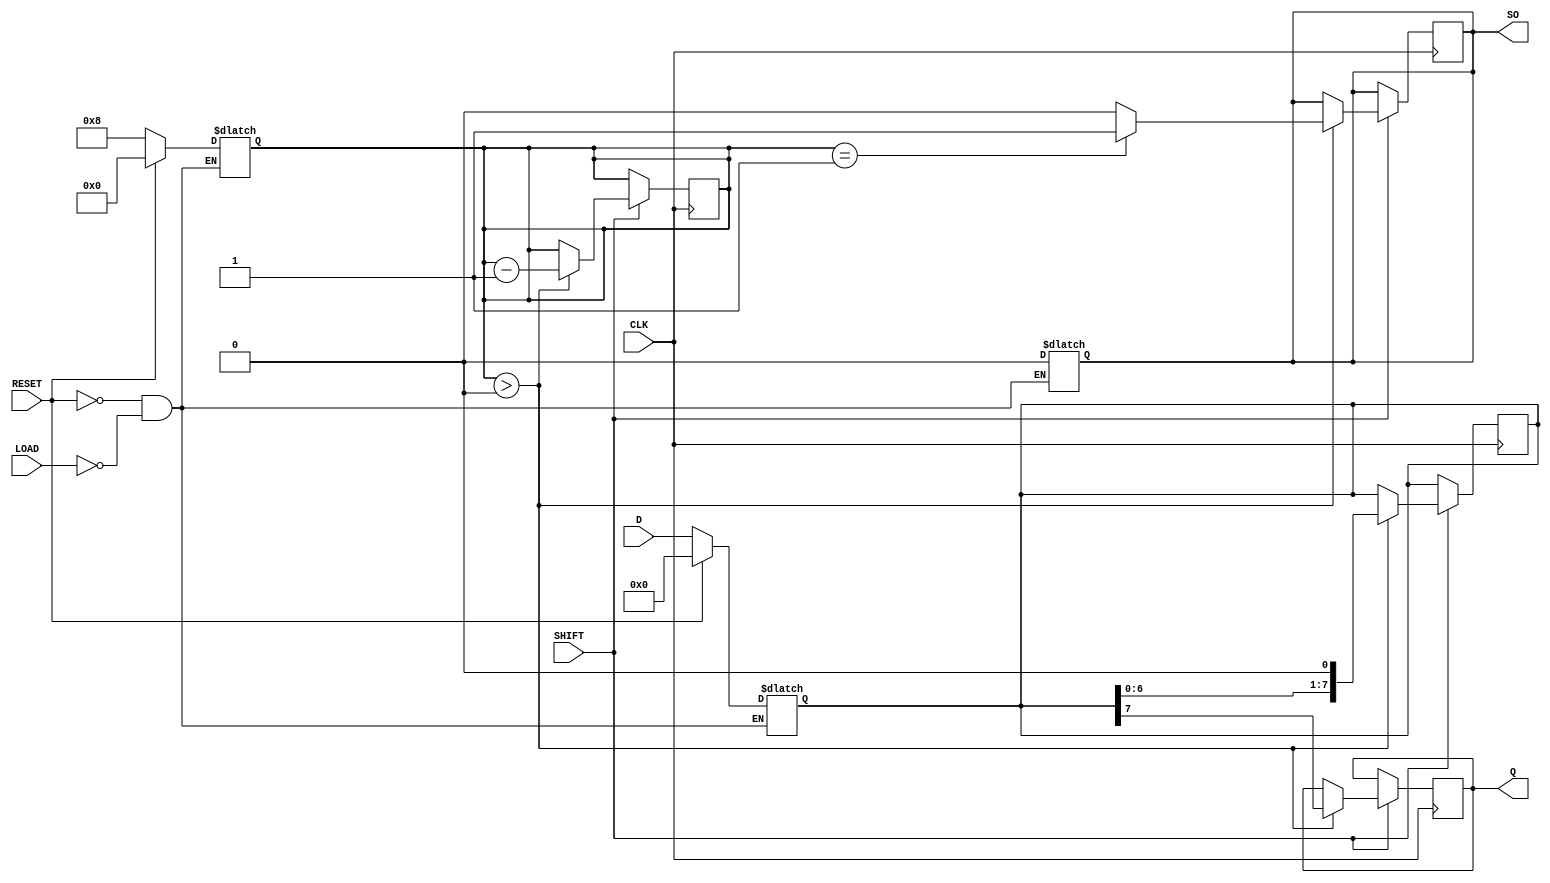
module async_piso #(
    parameter WIDTH = 8  // Parameter for width of the register
) (
    input wire [WIDTH-1:0] D,    // Parallel data inputs
    input wire LOAD,              // Control signal for loading data
    input wire SHIFT,             // Control signal for shifting data out
    input wire CLK,               // Clock signal
    input wire RESET,             // Asynchronous reset signal
    output reg Q,                 // Serial output
    output reg SO                 // Shifted Out Indicator
);
    
    reg [WIDTH-1:0] register;     // Internal register to hold data
    reg [WIDTH-1:0] shift_reg;     // Shift register to hold current shifting data
    reg [3:0] shift_count;         // Counter to track the number of shifted bits

    // Asynchronous reset and loading of data
    always @* begin
        if (RESET) begin
            register <= {WIDTH{1'b0}}; // Clear register
            shift_reg <= {WIDTH{1'b0}}; // Clear shift register
            shift_count <= 0;           // Reset shift count
            SO <= 1'b0;                 // Reset shift-out indicator
        end else if (LOAD) begin
            register <= D;              // Load data into the register
            shift_reg <= D;             // Initialize shift register with loaded data
            shift_count <= WIDTH;       // Set shift count to width
            SO <= 1'b0;                 // Clear shift-out indicator
        end
    end

    // Shifting out mechanism
    always @(posedge CLK) begin
        if (SHIFT) begin
            if (shift_count > 0) begin
                Q <= shift_reg[WIDTH-1]; // Output the MSB

                // Shift the register to the right
                shift_reg <= {shift_reg[WIDTH-2:0], 1'b0}; // Shift right and fill LSB with 0
                shift_count <= shift_count - 1;         // Decrement shift count

                // Set SO (Shifted Out) when all bits are shifted out
                if (shift_count == 1) begin
                    SO <= 1'b1; // Indicate that the last bit has been shifted out
                end else begin
                    SO <= 1'b0; // Clear indicator for other bits
                end
            end
        end
    end

endmodule